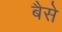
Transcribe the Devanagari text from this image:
बैसे